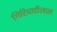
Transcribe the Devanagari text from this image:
गिरिधारीलाल